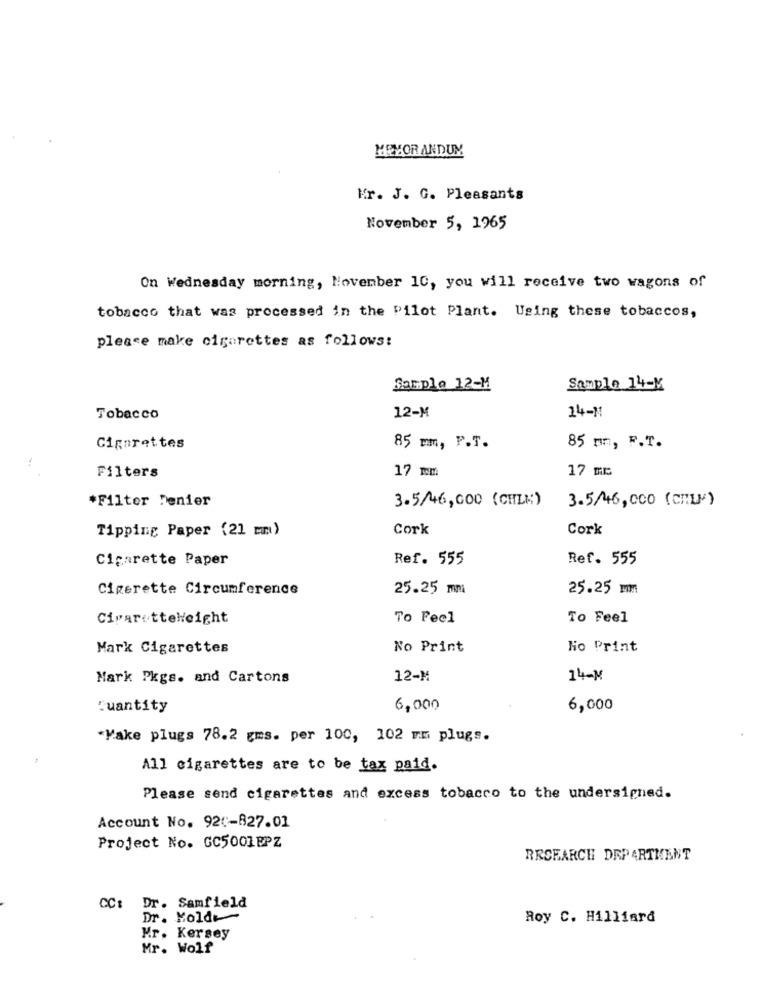
MEMORANDUM
Kr. J. G. Pleasants
November 5, 1965
On Wednesday morning, November 10, you will receive two wagons of
tobacco that was processed in the Pilot Plant. Using these tobaccos,
please make cigarettes as follows:
Sample 12-M
Sample 14-M
Tobacco
12-M
14-M
Cigarettes
85 mm, P.T.
85 mm, F.T.
17 mm
17 mc
Filters
*Filter Tenier
3.5/46,000 (CHLM)
3.5/46,000 (CRLF)
Tipping Paper (21 mm)
Cork
Cork
Cigarette Paper
Ref. 555
Ref. 555
Cigerette Circumference
25.25 mm
25.25 mm
CigaretteHeight
To Feel
To Feel
Mark Cigarettes
No Print
No Print
Mark Pkgs. and Cartons
12-M
14-M
Quantity
6,000
6,000
*Make plugs 78.2 gms. per 100, 102 mm plugs.
All cigarettes are to be tax paid.
Please send cigarettes and excess tobacco to the undersigned.
Account No. 920-827.01
Project No. GC5001EPZ
RESEARCH DEPARTMENT
CC: Dr. Samfield
Dr. Molde
Roy C. Hilliard
Mr. Kersey
Mr. Wolf